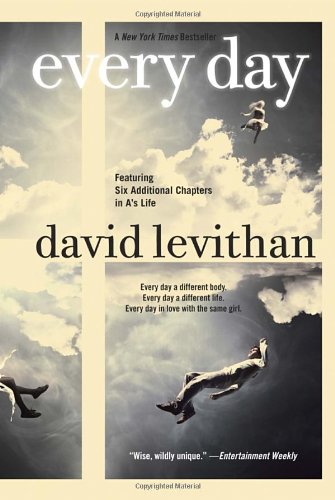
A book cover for Every Day; David Levithan; Literature & Fiction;